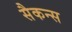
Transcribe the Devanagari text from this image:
सैकन्स